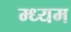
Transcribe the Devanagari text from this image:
म्ध्यम